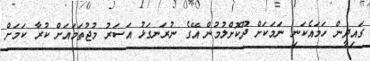
ގައިދީން ހަމައެކަނި ނަމަކަށް ދޫކޮށްލުމުން އޭގެ ނުރަނގަޅު އަސަރު މުޖުތަމައަށް ކުރާ ކަމަށް